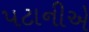
પટાનીએ